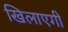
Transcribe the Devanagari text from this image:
खिलाएगी